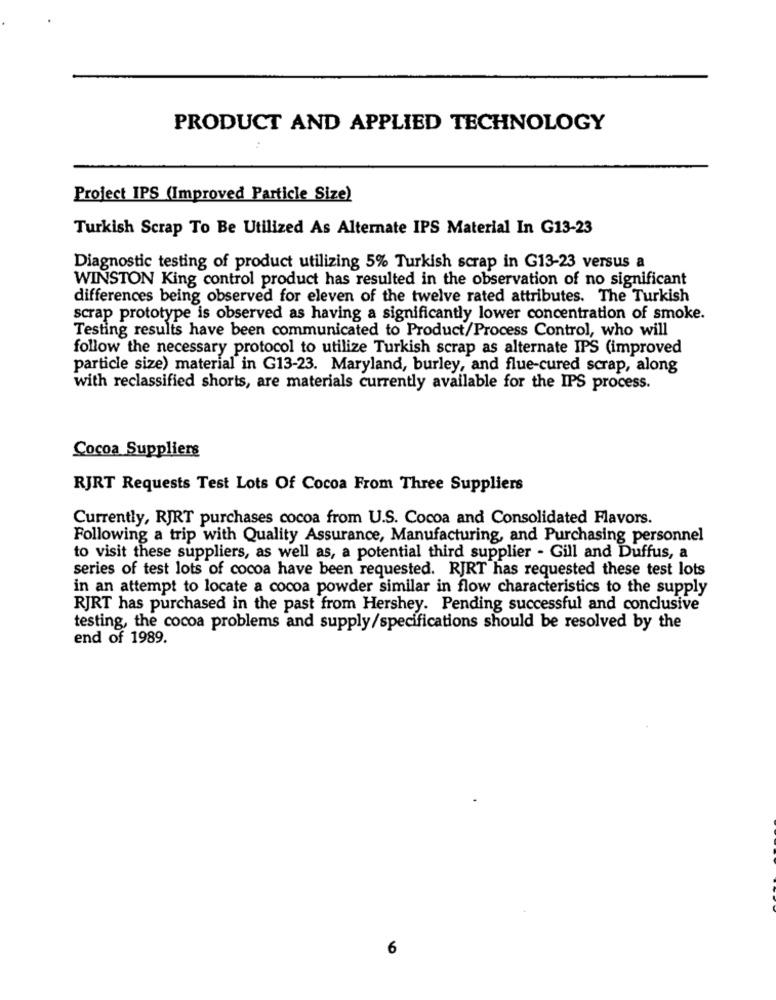
PRODUCT AND APPLIED TECHNOLOGY
Project IPS (Improved Particle Size)
Turkish Scrap To Be Utilized As Alternate IPS Material In G13-23
Diagnostic testing of product utilizing 5% Turkish scrap in G13-23 versus a
WINSTON King control product has resulted in the observation of no significant
differences being observed for eleven of the twelve rated attributes. The Turkish
scrap prototype is observed as having a significantly lower concentration of smoke.
Testing results have been communicated to Product/Process Control, who will
follow the necessary protocol to utilize Turkish scrap as alternate IPS (improved
particle size) material in G13-23. Maryland, burley, and flue-cured scrap, along
with reclassified shorts, are materials currently available for the IPS process.
Cocoa Suppliers
RJRT Requests Test Lots Of Cocoa From Three Suppliers
Currently, RJRT purchases cocoa from U.S. Cocoa and Consolidated Flavors.
Following a trip with Quality Assurance, Manufacturing, and Purchasing personnel
to visit these suppliers, as well as, a potential third supplier - Gill and Duffus, a
series of test lots of cocoa have been requested. RJRT has requested these test lots
in an attempt to locate a cocoa powder similar in flow characteristics to the supply
RJRT has purchased in the past from Hershey. Pending successful and conclusive
testing, the cocoa problems and supply/specifications should be resolved by the
end of 1989.
6